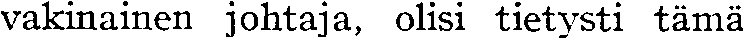
vakinainen johtaja, olisi tietysti tämä